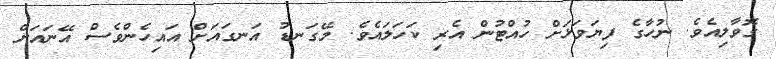
ގޮވާލިއެވެ. ނުހާގެ ފިޔަވަޅަށް ހުއްޓުން އެރި ކަހަލައެވެ. މޭގަނޑު އަނގައަށް އައިހެންވެސް އޭނައަށް